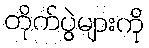
တိုက်ပွဲများကို